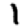
Digit: 1